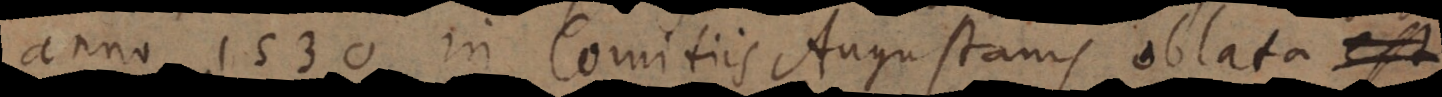
anno 1530 in Comitiis Augustanis oblata